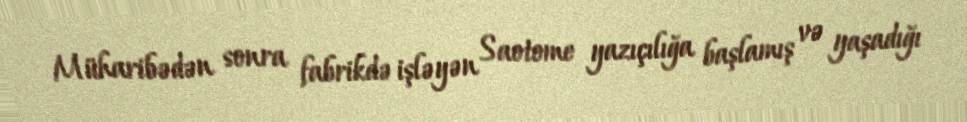
Müharibədən sonra fabrikdə işləyən Saotome yazıçılığa başlamış və yaşadığı